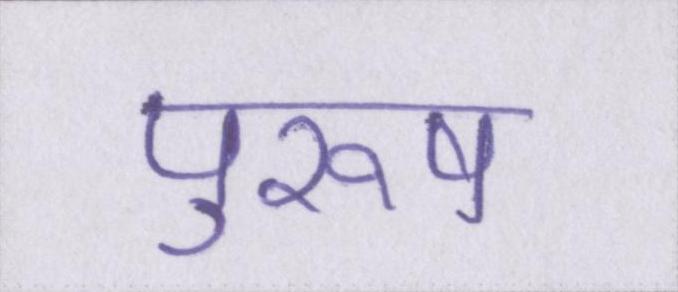
पुरूष